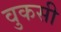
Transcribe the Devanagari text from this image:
वुकसी